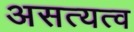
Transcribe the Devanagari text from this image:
असत्यत्व